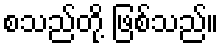
စသည်တို့ ဖြစ်သည်။